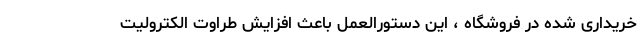
خریداری شده در فروشگاه ، این دستورالعمل باعث افزایش طراوت الکترولیت